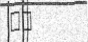
٣٠